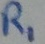
Text: R1